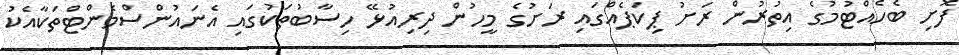
ފޮށި ބެހެއްޓުމުގެ އިތުރުން ރަށު ޕިކަޕެއްގައި ރަށުގެ މީހުން ދިރިއުޅޭ ހިސާބުތަކުގައި އެނައުންސްމެންޓްތަކާއެކު